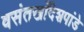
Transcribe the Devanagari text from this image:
वसंतखाँदेशपांडे